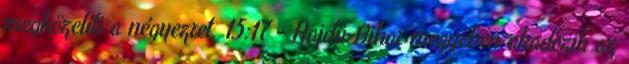
megközelíti a négyezret. 15:17 - Hajdú-Bihar megyében akadozik az